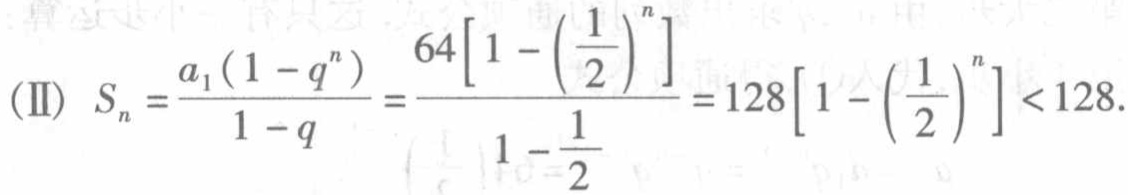
\((\text{II})\ S_{n}=\frac{a_{1}(1 - q^{n})}{1 - q}=\frac{64\left[1 - \left(\frac{1}{2}\right)^{n}\right]}{1-\frac{1}{2}} = 128\left[1 - \left(\frac{1}{2}\right)^{n}\right]<128\)